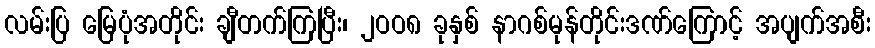
လမ်းပြ မြေပုံအတိုင်း ချီတက်ကြပြီး၊ ၂ဝဝ၈ ခုနှစ် နာဂစ်မုန်တိုင်းဒဏ်ကြောင့် အပျက်အစီး